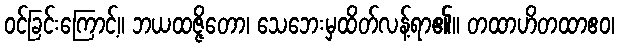
ဝင်ခြင်းကြောင့်။ ဘယထဇ္ဇိတော၊ သေဘေးမှထိတ်လန့်ရာ၏။ တထာဟိတထာဧဝ၊